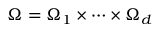
\Omega = \Omega _ { 1 } \times \cdots \times \Omega _ { d }